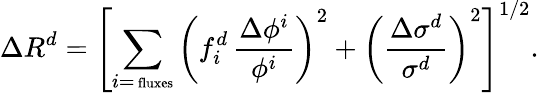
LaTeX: \Delta R^{d}=\left[\sum_{i=\mathrm{{\scriptsize~fluxes}}}\left(f_{i}^{d}\, \frac{\Delta\phi^{i}}{\phi^{i}}\right)^{2}+\left(\frac{\Delta\sigma^{d}}{\sigma^{d}}\right)^{2}\right]^{1/2}.